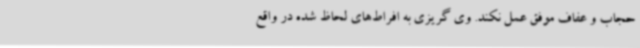
حجاب و عفاف موفق عمل نکند. وی گریزی به افراط‌های لحاظ شده در واقع